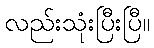
လည်းသုံးပြီးပြီ။